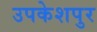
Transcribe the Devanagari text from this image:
उपकेशपुर